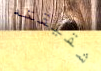
شقيقته